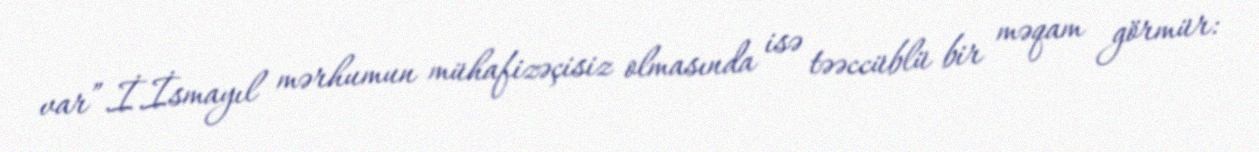
var”.İ.İsmayıl mərhumun mühafizəçisiz olmasında isə təəccüblü bir məqam görmür: